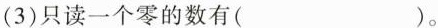
(3)只读一个零的数有( )。